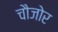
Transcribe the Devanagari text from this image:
चौजोर